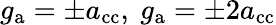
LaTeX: g_{\mathrm{a}}=\pm a_{\textnormal{cc}},~g_{\mathrm{a}}=\pm 2a_{\textnormal{cc}}